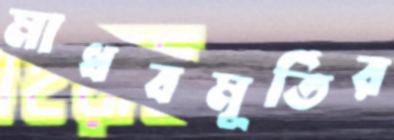
মাধবমূর্তির